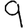
Digit: 9